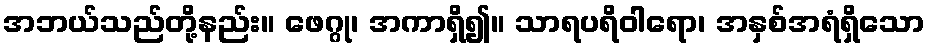
အဘယ်သည်တို့နည်း။ ဖေဂ္ဂု၊ အကာရှိ၍။ သာရပရိဝါရော၊ အနှစ်အရံရှိသော